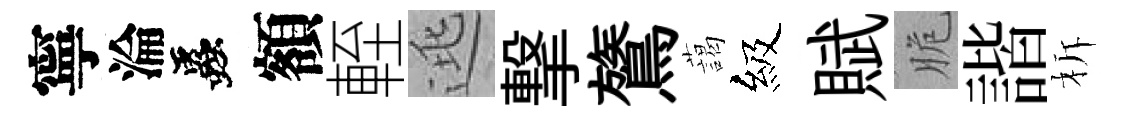
寧淪蟲額輊逃撃鷟藹級賦脆諧柝